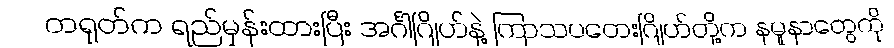
တရုတ်က ရည်မှန်းထားပြီး အင်္ဂါဂြိုဟ်နဲ့ ကြာသပတေးဂြိုဟ်တို့က နမူနာတွေကို